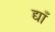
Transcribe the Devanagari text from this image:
द्याँ